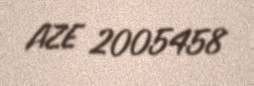
AZE 2005458